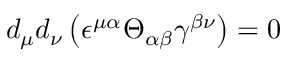
d _ { \mu } d _ { \nu } \left( \epsilon ^ { \mu \alpha } \Theta _ { \alpha \beta } \gamma ^ { \beta \nu } \right) = 0